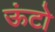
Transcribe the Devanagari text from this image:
ऊंटो